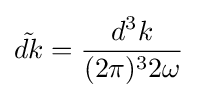
{\tilde {dk}}={\frac {d^{3}k}{(2\pi )^{3}2\omega }}